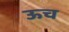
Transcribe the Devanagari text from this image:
ऊच